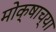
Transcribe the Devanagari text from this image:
मोक्षाच्या